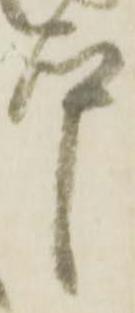
本